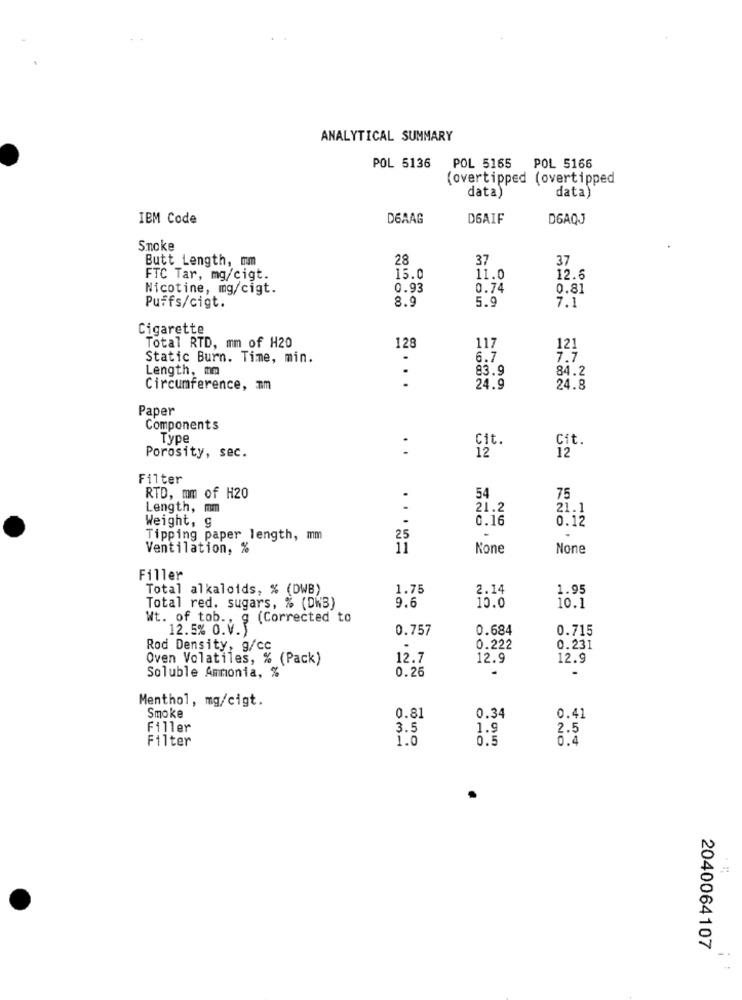
ANALYTICAL SUMMARY
POL 5136
POL 5165
POL 5166
(overtipped (overtipped
data)
data)
IBM Code
DEAAG
DGAIF
DGAQJ
Smoke
Butt_Length, mm
28
37
37
FTC Tar, mg/cigt.
15.0
11.0
12.6
Nicotine, mg/cigt.
0.93
0.74
0.81
8.9
5.9
7.1
Puffs/cigt.
Cigarette
Total RTD, mm of H20
128
117
121
Static Burn. Time, min.
.
6.7
7.7
Length, mm
.
83.9
84.2
Circumference, Im
24.9
24.8
Paper
Components
Type
Cit.
..
12
Cit.
12
Porosity, sec.
Filter
RTD, mm of H20
.
54
75
Length, mm
21.2
21.1
Weight, g
0.16
0.12
Tipping paper length, mm
25
Ventilation, %
Kone
Filler
Total alkaloids, % (DWB)
1.75
2.14
1.95
9.6
10.1
Total red. sugars, % (DWB)
10.0
Wt. of tob ., g (Corrected to
12.5% O.V.
0.757
0.684
0.715
Rod Density, g/cc
0.222
0.231
Oven Volatiles, % (Pack)
12.7
12.9
12.9
Soluble Ammonia, %
0.26
Menthol, mg/cigt.
0.81
0.34
Smoke
0.41
Filler
3.5
1.9
2.5
Filter
1.0
0.5
0.4
2040064107